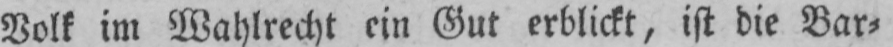
Volk im Wahlrecht ein Gut erblickt, ist die Bar⸗